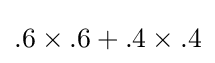
.6\times .6+.4\times .4